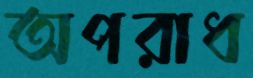
অপরাধ